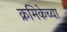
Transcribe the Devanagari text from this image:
क्रमिकेच्या